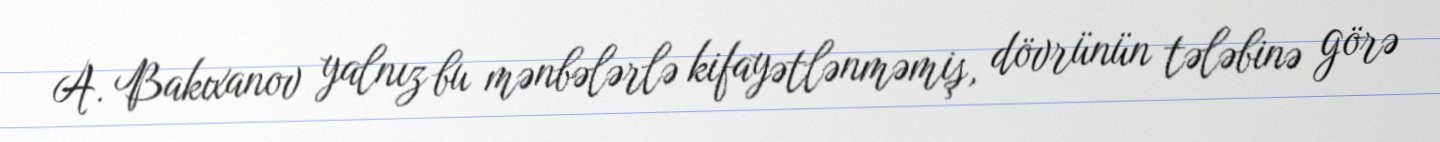
A. Bakıxanov yalnız bu mənbələrlə kifayətlənməmiş, dövrünün tələbinə görə